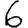
Digit: 6